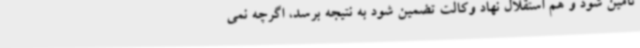
تامین شود و هم استقلال نهاد وکالت تضمین شود به نتیجه برسد، اگرچه نمی